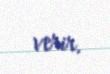
verir.